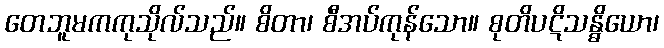
တေဘူမကကုသိုလ်သည်။ စိတာ၊ စီအပ်ကုန်သော။ စုတိပဋိသန္ဓိယော၊